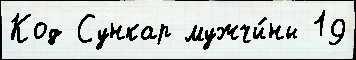
Код Сункар мужчи́ны 19